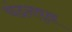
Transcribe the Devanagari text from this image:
चंदनवृक्ष